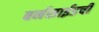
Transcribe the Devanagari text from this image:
बर्नसाईडची